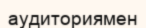
аудиториямен